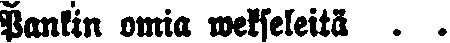
Pankin omia wekseleitä . .